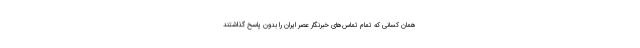
همان کسانی که تمام تماس‌های خبرنگار عصر ایران را بدون پاسخ گذاشتند